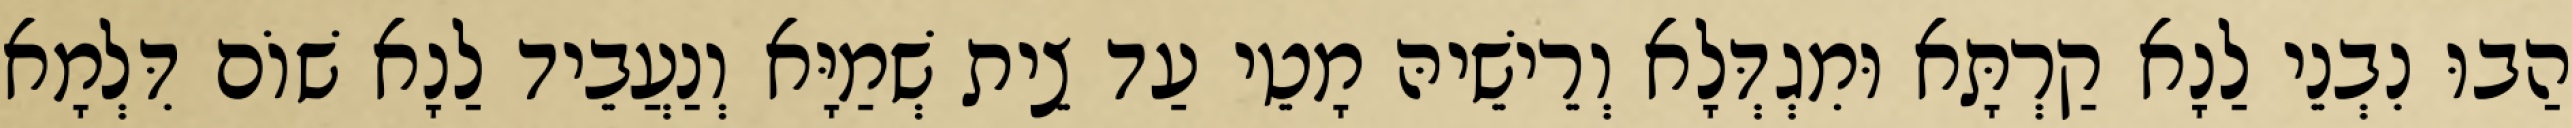
הַבוּ נִבְנֵי לַנָא קַרְתָּא וּמִגְדְּלָא וְרֵישֵׁיהּ מָטֵי עַד צֵית שְׁמַיָּא וְנַעֲבֵיד לַנָא שׁוֹם דִּלְמָא